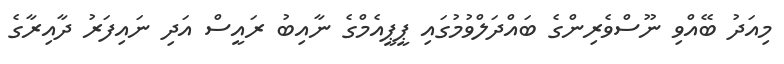
މިއަދު ބޭއްވި ނޫސްވެރިންގެ ބައްދަލްވުމުގައި ޕީޕީއެމްގެ ނާއިބު ރައީސް އަދި ނައިފަރު ދާއިރާގެ